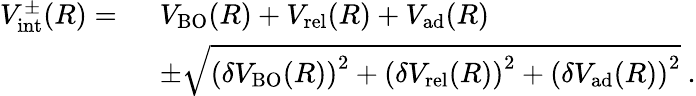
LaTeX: \begin{array}{rl}{V_{\mathrm{int}}^{\pm}(R)=\ }&{V_{\mathrm{BO}}(R)+V_{\mathrm{rel}}(R)+V_{\mathrm{ad}}(R)}\\ &{\pm\sqrt{\left(\delta V_{\mathrm{BO}}(R)\right)^{2}+\left(\delta V_{\mathrm{rel}}(R)\right)^{2}+\left(\delta V_{\mathrm{ad}}(R)\right)^{2}}\ .}\end{array}